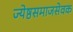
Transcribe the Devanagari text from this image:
ज्येष्ठसमाजसेवक